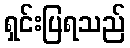
ရှင်းပြရသည်